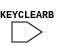
module KEY_CLEAR (
	KEYCLEARB
);

input KEYCLEARB;
reg notifier;

specify
   $width (posedge KEYCLEARB, 200000:200000:200000, 0, notifier);
	specparam PATHPULSE$ = 0;
endspecify

endmodule